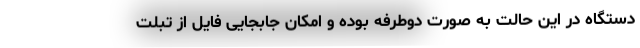
دستگاه در این حالت به صورت دوطرفه بوده و امکان جابجایی فایل از تبلت